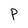
Character: p